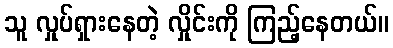
သူ လှုပ်ရှားနေတဲ့ လှိုင်းကို ကြည့်နေတယ်။